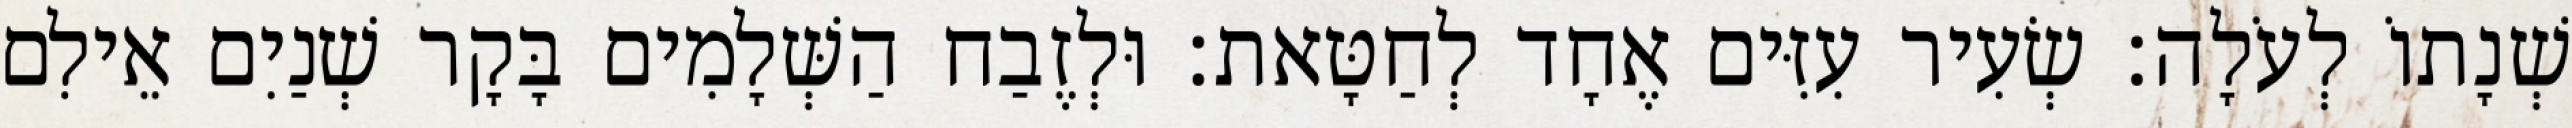
שְׁנָתוֹ לְעֹלָה׃ שְׂעִיר עִזִּים אֶחָד לְחַטָּאת׃ וּלְזֶבַח הַשְּׁלָמִים בָּקָר שְׁנַיִם אֵילִם